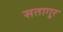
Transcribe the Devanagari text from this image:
सतागुर